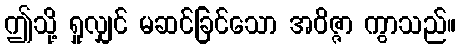
ဤသို့ ရှုလျှင် မဆင်ခြင်သော အဝိဇ္ဇာ ကွာသည်။